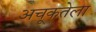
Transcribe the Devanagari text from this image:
अचूकतेला